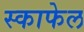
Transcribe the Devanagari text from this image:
स्काफेल